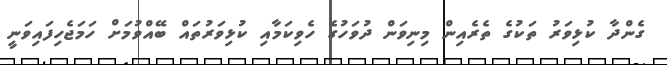
ގެންދާ ކުޅިވަރު ތަކުގެ ތެރެއިން މިނިވަން ދުވަހުގެ ހެވިކަމާއި ކުޅިވަރުތައް ބޭއްވުމަށް ހަމަޖެހިފައިވަނީ